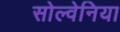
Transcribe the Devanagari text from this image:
सोल्वेनिया